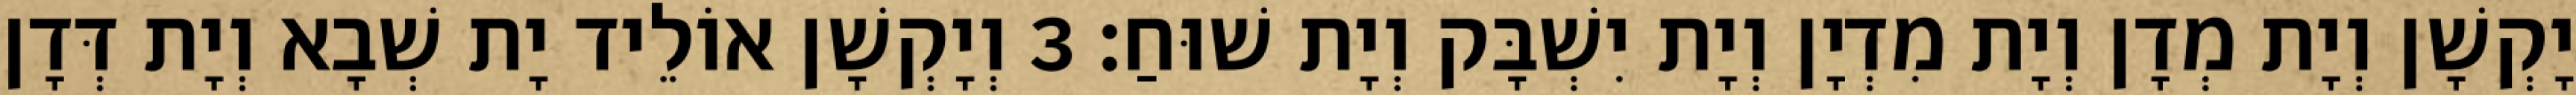
יָקְשָׁן וְיָת מְדָן וְיָת מִדְיָן וְיָת יִשְׁבָּק וְיָת שׁוּחַ׃ 3 וְיָקְשָׁן אוֹלֵיד יָת שְׁבָא וְיָת דְּדָן